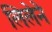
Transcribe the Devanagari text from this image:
लिलेने